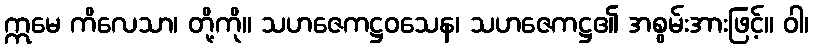
ဣမေ ကိလေသာ၊ တို့ကို။ သဟဇေကဋ္ဌဝသေန၊ သဟဇေကဋ္ဌ၏ အစွမ်းအားဖြင့်။ ဝါ၊